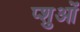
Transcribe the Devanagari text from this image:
प्शुओं